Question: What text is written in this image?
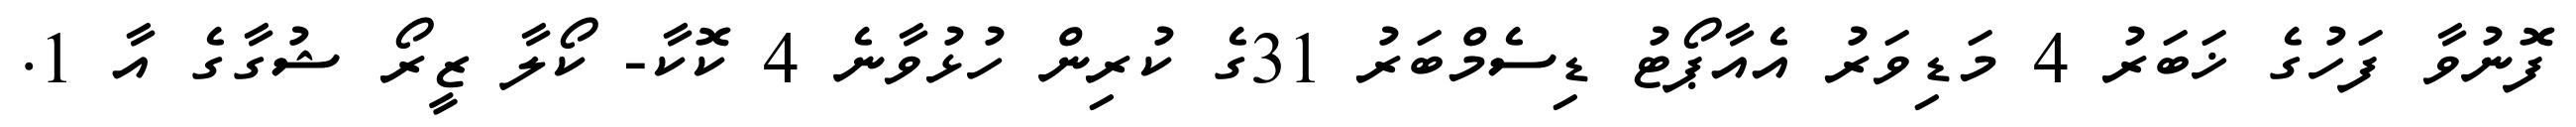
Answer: ފޮނުވާ ފަހުގެ ޚަބަރު 4 މަޑިވަރު އެއާޕޯޓު ޑިސެމްބަރު 31ގެ ކުރިން ހުޅުވާނެ 4 ކޮކާ- ކޯލާ ޒީރޯ ޝުގާގެ އާ 1.